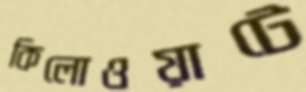
কিলোওয়াটে